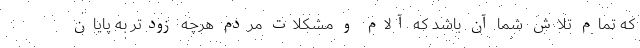
که تمام تلاش شما آن باشد که آلام و مشکلات مردم هرچه زودتر به پایان